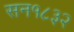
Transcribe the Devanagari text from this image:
सन१८३२